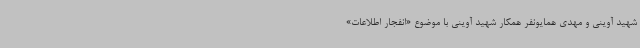
شهید آوینی و مهدی همایونفر همکار شهید آوینی با موضوع «انفجار اطلاعات»